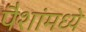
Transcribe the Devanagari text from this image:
पैशांमध्ये